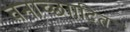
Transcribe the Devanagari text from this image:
वनाच्छाादित